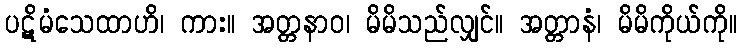
ပဋိမံသေထာဟိ၊ ကား။ အတ္တနာဝ၊ မိမိသည်လျှင်။ အတ္တာနံ၊ မိမိကိုယ်ကို။